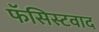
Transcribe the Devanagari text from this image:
फॅसिस्टवाद